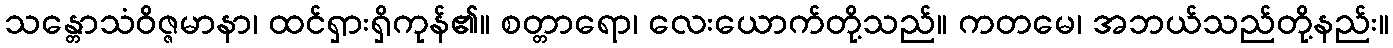
သန္တောသံဝိဇ္ဇမာနာ၊ ထင်ရှားရှိကုန်၏။ စတ္တာရော၊ လေးယောက်တို့သည်။ ကတမေ၊ အဘယ်သည်တို့နည်း။